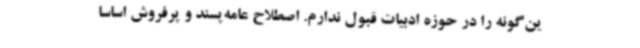
ین‌گونه را در حوزه ادبیات قبول ندارم. اصطلاح عامه‌پسند و پرفروش اساسا